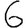
Digit: 6